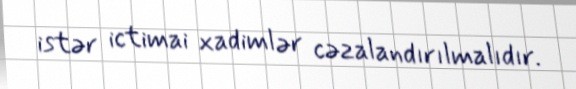
istər ictimai xadimlər cəzalandırılmalıdır.